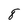
Character: 8